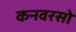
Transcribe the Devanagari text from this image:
कनवरसो